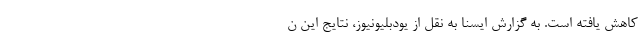
کاهش یافته است. به گزارش ایسنا به نقل از یودبلیونیوز، نتایج این ن